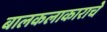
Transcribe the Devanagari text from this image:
बालकलाकाराचे